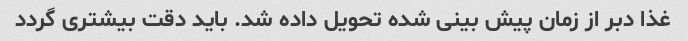
غذا دبر از زمان پیش بینی شده تحویل داده شد. باید دقت بیشتری گردد